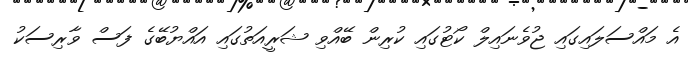
އެ މައްސަލައިގައި ޖުވެނައިލް ކޯޓުގައި ކުރިން ބޭއްވި ޝަރީއަތުގައި އައްޔުބޭގެ ފަސް ވާރިސަކު